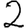
Digit: 2